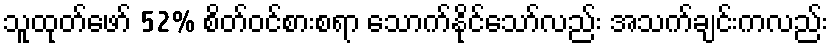
သူထုတ်ဖော် 52% စိတ်ဝင်စားစရာ သောက်နိုင်သော်လည်း အသက်ချင်းကလည်း